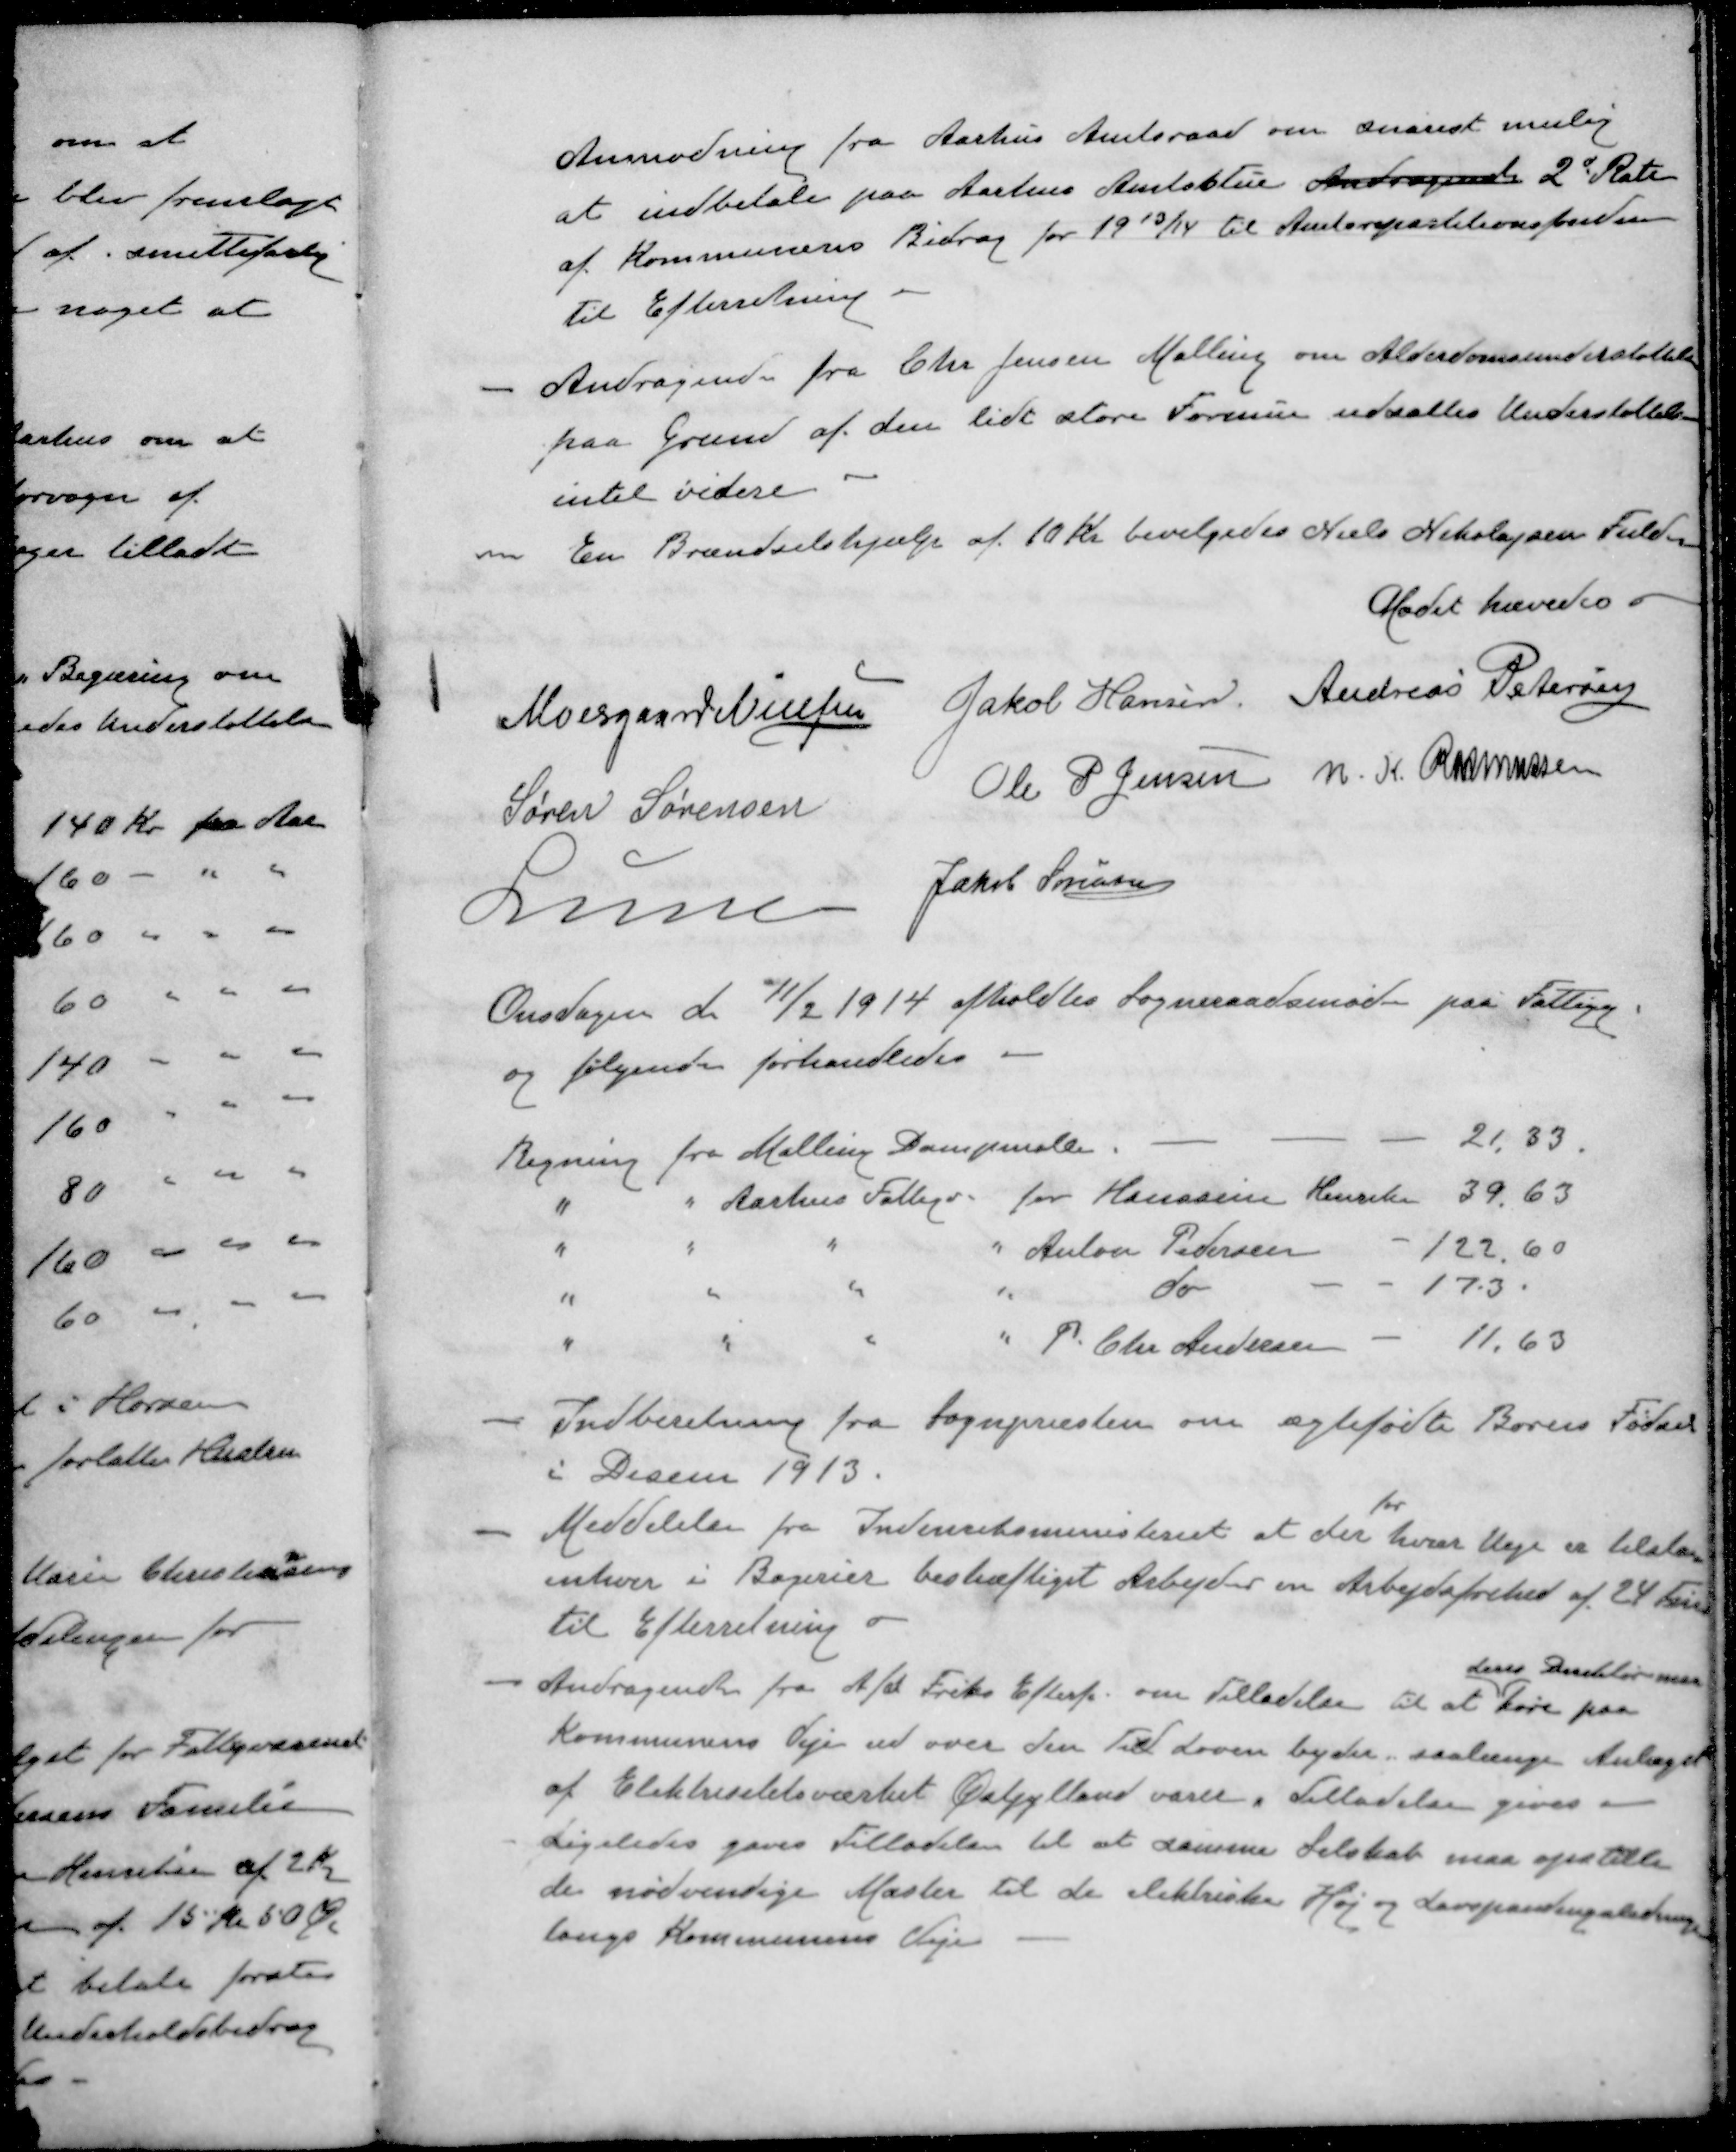
Transskription:
Anmodning fra Aarhus Amtsraad om snarest mulig
at indbetale paa Aarhus Amtsstue Andragende 2d Rate
af Kommunens Bidrag for 1913/14 til Amtsrepartitionsfonden
Til Efterretning
- Andragende fra Chr Jensen Malling om Alderdomsunderstøttelse
paa Grund af den lidt store Formue udsattes Understøttelse
intel videre
- En Brændselshjælp af 10 Kr bevilgedes Niels Nikolajsen Fulden
Mødet hævedes
Moesgaard Nielsen
Jakob Hansen
Andreas Petersen
Søren Sørensen
Ole P Jensen
N. K. Rasmussen
Lunn
Jakob Sørensen
Onsdagen d. 11/2 1914 afholdtes Sogneraadsmøde paa Fattigg
og følgende forhandledes.
Regning fra Malling Dampmølle - - - 21,83.
" " Aarhus Fattigv. for Hansine Henriksen 39,63
" " " " Anton Petersen - 122,60
" " " " do - - 173.
" " " " P. Chr. Andersen - 11,63
- Indberetning fra Sognepræsten om ægtefødte Børns Fødsel
i Desem 1913.
for
- Meddelelse fra Indenriksministeriet at der hver Uge er tilstaa
enhver i Bagerier bestræftiget Arbejder en Arbejdsfrihed af 24 Timer
Til Efterretning o
deres Direktør maa
- Andragende fra A/S Friks Efterf. om Tilladelse til at køre paa
Kommunens Veje ud over den Tid Loven byder, saalænge Anlæget
af Elektrisitetsværket Østjylland varer i Tilladelse gives
- Ligeledes gaves Tilladelse til at samme Selskab maa opstille
de nødvendige Master til de elektriske Høj og Lavspandingsledninger
langs Kommunens Veje